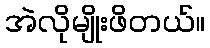
အဲလိုမျိုးဖိတယ်။